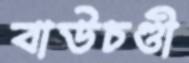
বাউচণ্ডী